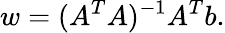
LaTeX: w=(A^{T}A)^{-1}A^{T}b.